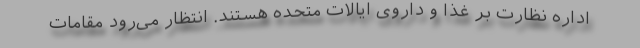
اداره نظارت بر غذا و داروی ایالات متحده هستند. انتظار می‌رود مقامات